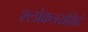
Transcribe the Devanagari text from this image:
श्लोकत्रयमिदं